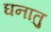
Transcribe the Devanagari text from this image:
घनातु